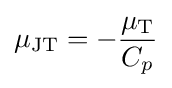
\mu _{\mathrm {JT} }=-{\frac {\mu _{\mathrm {T} }}{C_{p}}}